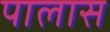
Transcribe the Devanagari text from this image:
पालास